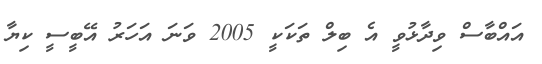
އައްބާސް ވިދާޅުވީ އެ ބިލް ތަކަކީ 2005 ވަނަ އަހަރު އޭބީސީ ކިޔާ